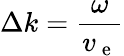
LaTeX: \Delta k=\frac{\omega}{v_{\mathrm{~e~}}}